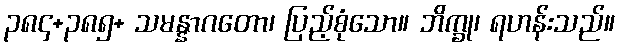
၃၈၄+၃၈၅+ သမန္နာဂတော၊ ပြည့်စုံသော။ ဘိက္ခု၊ ရဟန်းသည်။